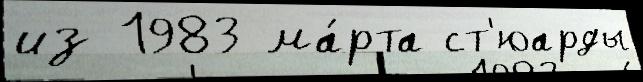
из 1983 ма́рта ст'юарды